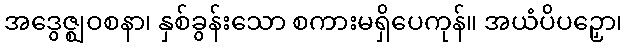
အဒွေဇ္ဈဝစနာ၊ နှစ်ခွန်းသော စကားမရှိပေကုန်။ အယံပိပဉှော၊